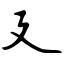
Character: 廴